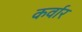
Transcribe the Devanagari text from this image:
कर्वार